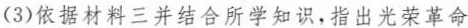
(3)依据材料三并结合所学知识，指出光荣革命